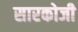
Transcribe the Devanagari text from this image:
सारकोजी